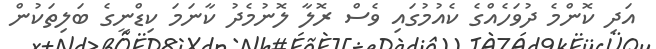
އަދި ކޮންމެ ދުވަހެއްގެ ކެއުމުގައި ވެސް ރޮލާ ލޮނުމެދު ކާނަމަ ކިޑްނީގެ ބަލިތަކުން